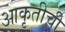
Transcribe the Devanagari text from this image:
आकृतीची